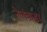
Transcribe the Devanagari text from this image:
नेलंबाडा